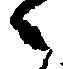
候